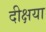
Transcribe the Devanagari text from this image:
दीक्षया